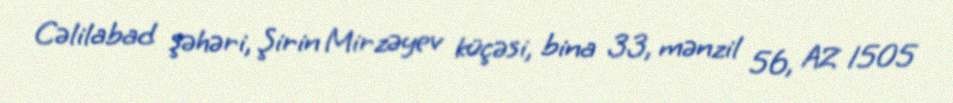
Cəlilabad şəhəri, Şirin Mirzəyev küçəsi, bina 33, mənzil 56, AZ 1505